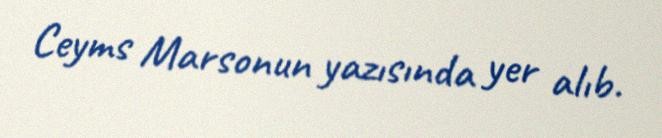
Ceyms Marsonun yazısında yer alıb.